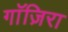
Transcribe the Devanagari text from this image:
गाॅज़िरा